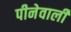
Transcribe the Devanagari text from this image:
पीनेवाली